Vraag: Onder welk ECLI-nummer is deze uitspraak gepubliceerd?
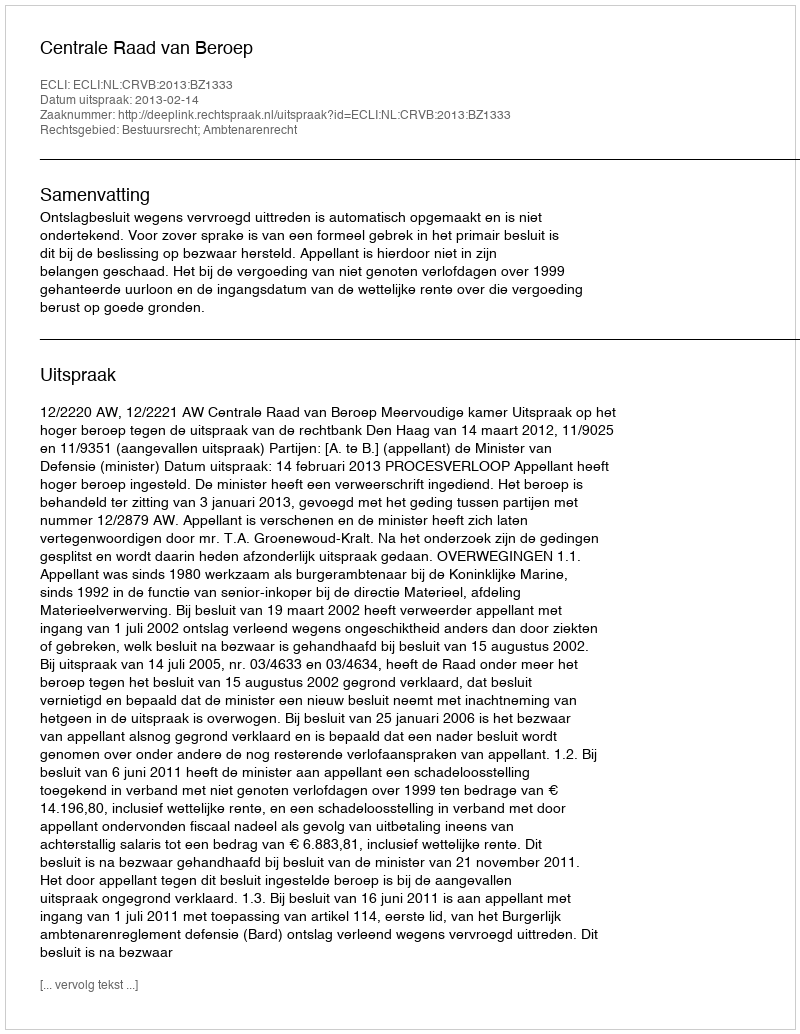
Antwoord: ECLI:NL:CRVB:2013:BZ1333